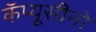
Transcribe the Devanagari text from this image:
कॅप्यूसीनो